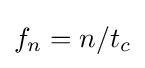
f_{n}=n/{t_{c}}